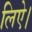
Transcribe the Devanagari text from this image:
लिऐ।